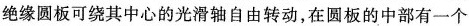
绝缘圆板可绕其中心的光滑轴自由转动，在圆板的中部有一个